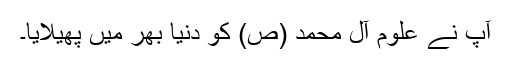
آپ نے علوم آل محمد (ص) کو دنیا بھر میں پھیلایا۔